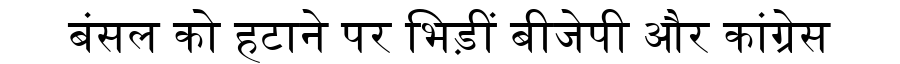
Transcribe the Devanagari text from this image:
बंसल को हटाने पर भिड़ीं बीजेपी और कांग्रेस